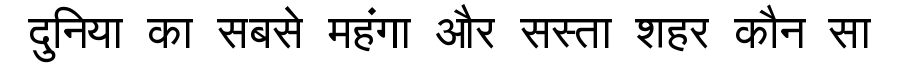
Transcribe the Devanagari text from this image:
दुनिया का सबसे महंगा और सस्ता शहर कौन सा